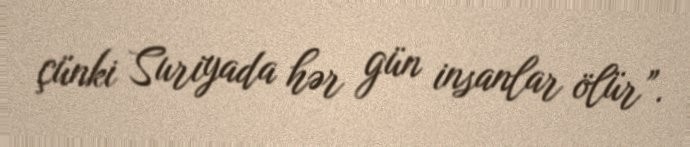
çünki Suriyada hər gün insanlar ölür”.